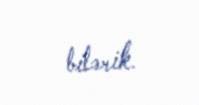
bilərik.